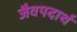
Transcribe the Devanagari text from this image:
जैवपदार्थ